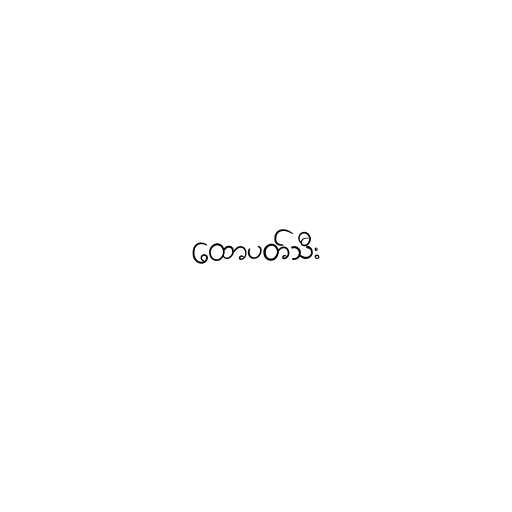
ထောပတ်သီး